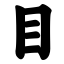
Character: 目